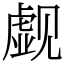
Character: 觑